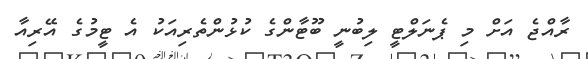
ރާއްޖެ އަށް މި ޕެނަލްޓީ ލިބުނީ ބޫޓާންގެ ކުޅުންތެރިއަކު އެ ޓީމުގެ އޭރިއާ